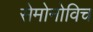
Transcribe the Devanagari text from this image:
सेमोनोविच